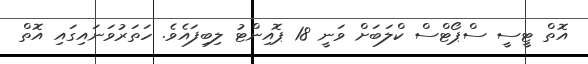
އޮތް ޓީސީ ސްޕޯޓްސް ކްލަބަށް ވަނީ 18 ޕޮއިންޓު ލިބިފައެވެ. ހަތަރުވަނައިގައި އޮތް